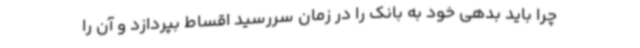
چرا باید بدهی خود به بانک را در زمان سررسید اقساط بپردازد و آن را